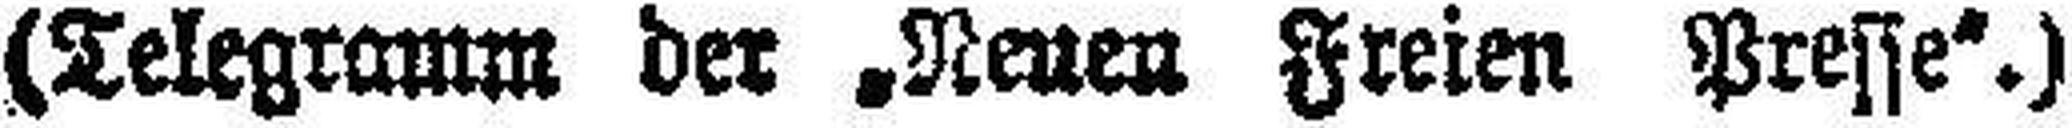
(Telegramm der „Neuen Freien Presse“.)